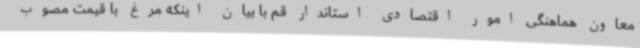
معاون هماهنگی امور اقتصادی استاندار قم با بیان اینکه مرغ با قیمت مصوب